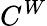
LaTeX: C^{W}